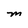
Character: M